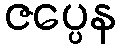
ဇပ္ပေန